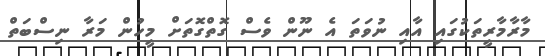
މާރާމާރީތަކުގައި އާއި ނުވަތަ އެ ނޫން ވެސް ގޮތްގޮތަށް މީހުން މަރާ ނިސްބަތް